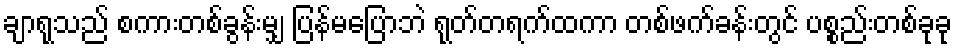
ချာရုသည် စကားတစ်ခွန်းမျှ ပြန်မပြောဘဲ ရုတ်တရက်ထကာ တစ်ဖက်ခန်းတွင် ပစ္စည်းတစ်ခုခု